Scottish Leaving Certificate Examination, 1952
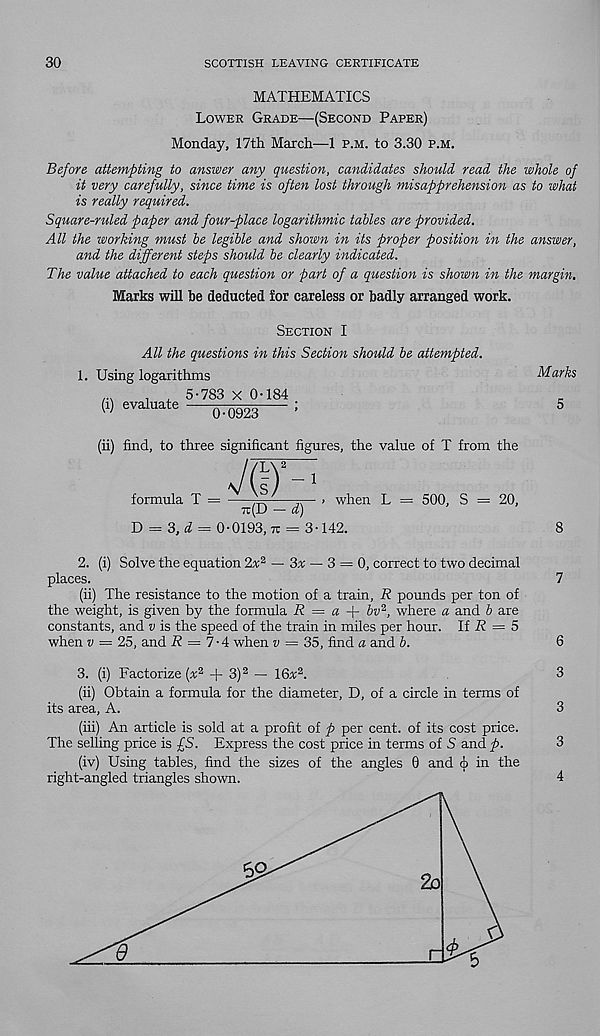
30
SCOTTISH LEAVING CERTIFICATE
MATHEMATICS
Lower Grade—(Second Paper)
Monday, 17th March—1 p.m. to 3.30 p.m.
Before attempting to answer any question, candidates should read the whole of
it very carefully, since time is often lost through misapprehension as to what
is really required.
Square-ruled paper and four-place logarithmic tables are provided.
All the working must be legible and shown in its proper position in the answer,
and the different steps should be clearly indicated.
The value attached to each question or part of a question is shown in the margin.
Marks will be deducted for careless or badly arranged work.
Section I
All the questions in this Section should be attempted.
1. Using logarithms
,
5-783 X 0-184
« 6Valuate -
6 -1)923
:
(ii) find, to three significant figures, the value of T from the
formula T =
J®
1
7r(D - d)
D = 3, = 0-0193, = 3-142.
> when L = 500, S
20,
Marks
5
2. (i) Solve the equation 2x 2 — 3x — 3 = 0, correct to two decimal
places.
7
(ii) The resistance to the motion of a train, R pounds per ton of
the weight, is given by the formula R = a f- bv 2 , where a and b are
constants, and v is the speed of the train in miles per hour. If i? = 5
when v = 25, and I? = 7 • 4 when v — 35, find a and b.
6
3. (i) Factorize (« 2 + 3) 2 — 16a; 2 .
3
(ii) Obtain a formula for the diameter, D, of a circle in terms of
its area, A.
3
(iii) An article is sold at a profit of p per cent, of its cost price.
The selling price is fS. Express the cost price in terms of S and p.
3
(iv) Using tables, find the sizes of the angles 0 and cj) in the
right-angled triangles shown.
4